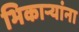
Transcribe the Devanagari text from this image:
भिकाऱ्यांना